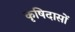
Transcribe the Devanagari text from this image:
कृषिदासों